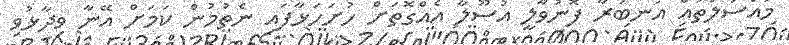
މައްސަލަތައް އަނބުރާ ފޮނުވާލީ އުސޫލާ އެއްގޮތަށް ހުށަހަޅާފައި ނެތުމުން ކަމަށް އޭނާ ވިދާޅުވި